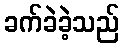
ခက်ခဲခဲ့သည်